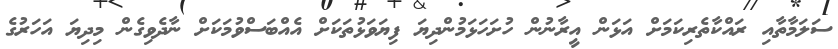
ސަލަމާތާއި ރައްކާތެރިކަމަށް އަޅަން އީރާނުން ހުށަހަޅަމުންދިޔަ ފިޔަވަޅުތަކަށް އެއްބަސްވުމަކަށް ނާދެވިގެން މިދިޔަ އަހަރުގެ